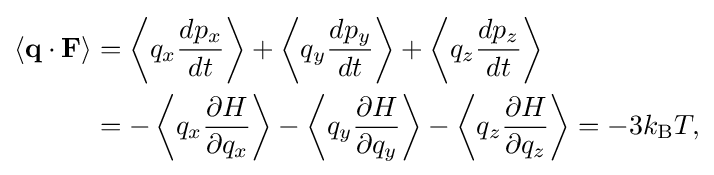
{\begin{aligned}\langle \mathbf {q} \cdot \mathbf {F} \rangle &=\left\langle q_{x}{\frac {dp_{x}}{dt}}\right\rangle +\left\langle q_{y}{\frac {dp_{y}}{dt}}\right\rangle +\left\langle q_{z}{\frac {dp_{z}}{dt}}\right\rangle \\&=-\left\langle q_{x}{\frac {\partial H}{\partial q_{x}}}\right\rangle -\left\langle q_{y}{\frac {\partial H}{\partial q_{y}}}\right\rangle -\left\langle q_{z}{\frac {\partial H}{\partial q_{z}}}\right\rangle =-3k_{\text{B}}T,\end{aligned}}